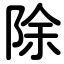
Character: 除